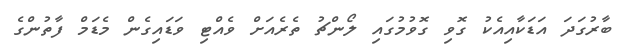
ބާރުގަދަ އަޑަކާއިއެކު ގޮވި ގޮވުމުގައި ލޯންޗު ތެރެއަށް ވެއްޓި ވަޑައިގެން މެޑަމް ފާތުންގެ